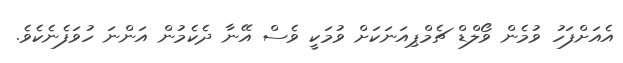
އެއަށްފަހު ވުމެން ވޯލްޑް ޗެމްޕިއަނަކަށް ވުމަކީ ވެސް އޭނާ ދެކެމުން އަންނަ ހުވަފެނެކެވެ.